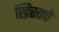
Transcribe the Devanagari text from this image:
ख्रिस्तचे